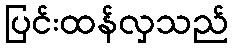
ပြင်းထန်လှသည်